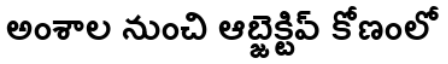
అంశాల నుంచి ఆబ్జెక్టివ్ కోణంలో